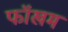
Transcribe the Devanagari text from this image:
फॉखम